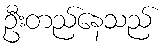
ဦးတည်နေသည်